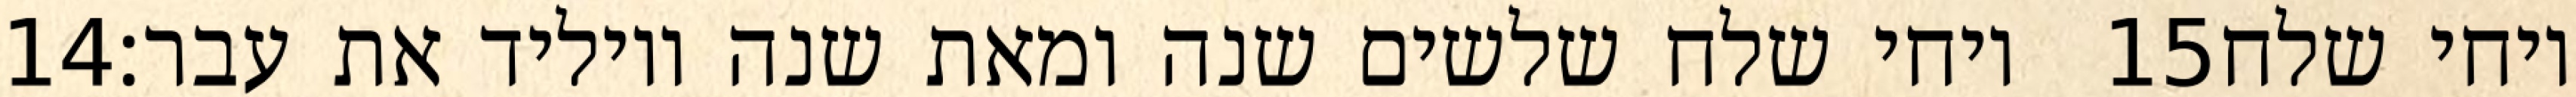
‎14‏ ויחי שלח שלשים שנה ומאת שנה ויוליד את עבר׃ ‎15‏ ויחי שלח